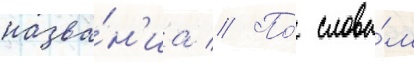
назва́н'иа // По́ слова́м